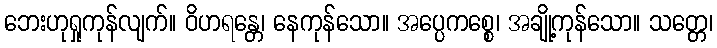
ဘေးဟုရှုကုန်လျက်။ ဝိဟရန္တေ၊ နေကုန်သော။ အပ္ပေကစ္စေ၊ အချို့ကုန်သော။ သတ္တေ၊